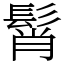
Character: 髾